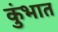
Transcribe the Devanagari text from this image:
कुंभात